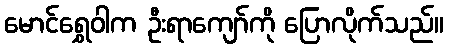
မောင်ရွှေဝါက ဦးရာကျော်ကို ပြောလိုက်သည်။